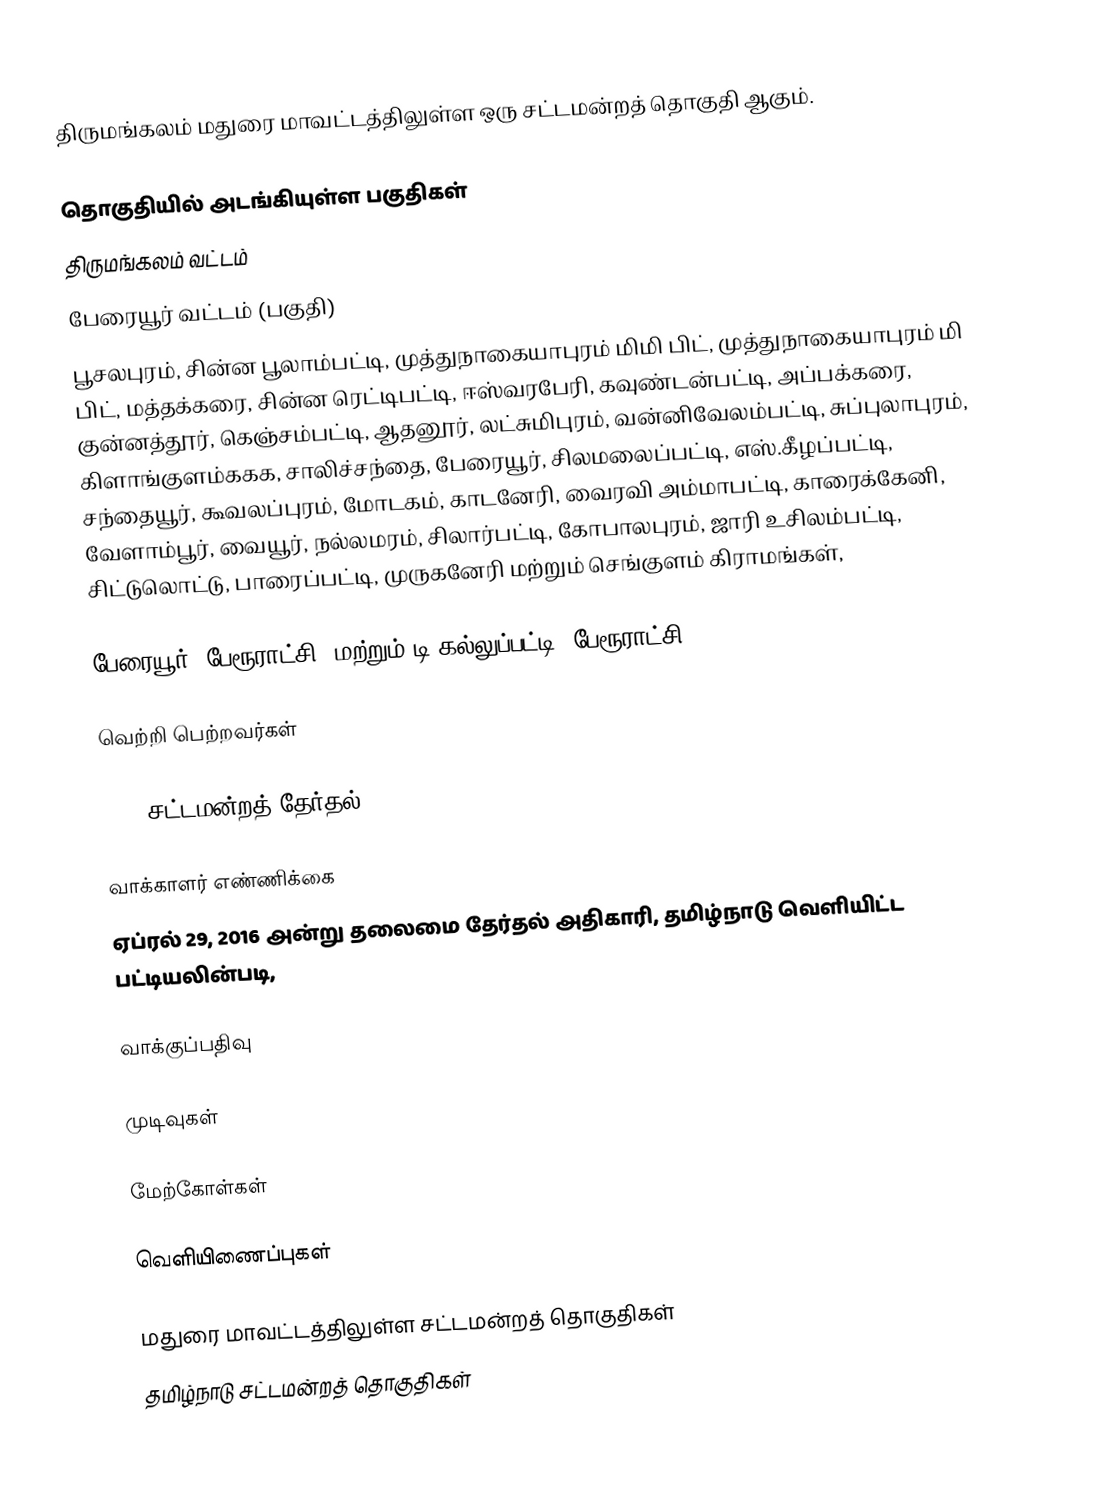
திருமங்கலம் மதுரை மாவட்டத்திலுள்ள ஒரு சட்டமன்றத் தொகுதி ஆகும்.

தொகுதியில் அடங்கியுள்ள பகுதிகள்
 திருமங்கலம் வட்டம்
 பேரையூர் வட்டம் (பகுதி)
பூசலபுரம், சின்ன பூலாம்பட்டி, முத்துநாகையாபுரம் மிமி பிட், முத்துநாகையாபுரம் மி பிட், மத்தக்கரை, சின்ன ரெட்டிபட்டி, ஈஸ்வரபேரி, கவுண்டன்பட்டி, அப்பக்கரை, குன்னத்தூர், கெஞ்சம்பட்டி, ஆதனூர், லட்சுமிபுரம், வன்னிவேலம்பட்டி, சுப்புலாபுரம், கிளாங்குளம்ககக, சாலிச்சந்தை, பேரையூர், சிலமலைப்பட்டி, எஸ்.கீழப்பட்டி, சந்தையூர், கூவலப்புரம், மோடகம், காடனேரி, வைரவி அம்மாபட்டி, காரைக்கேனி, வேளாம்பூர், வையூர், நல்லமரம், சிலார்பட்டி, கோபாலபுரம், ஜாரி உசிலம்பட்டி, சிட்டுலொட்டு, பாரைப்பட்டி, முருகனேரி மற்றும் செங்குளம் கிராமங்கள்,

பேரையூர் (பேரூராட்சி) மற்றும் டி.கல்லுப்பட்டி (பேரூராட்சி).

வெற்றி பெற்றவர்கள்

2016 சட்டமன்றத் தேர்தல்

வாக்காளர் எண்ணிக்கை
ஏப்ரல் 29, 2016 அன்று தலைமை தேர்தல் அதிகாரி, தமிழ்நாடு வெளியிட்ட பட்டியலின்படி,

வாக்குப்பதிவு

முடிவுகள்

மேற்கோள்கள்

வெளியிணைப்புகள்

மதுரை மாவட்டத்திலுள்ள சட்டமன்றத் தொகுதிகள்
தமிழ்நாடு சட்டமன்றத் தொகுதிகள்